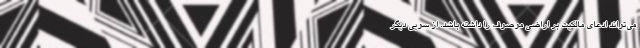
می‌تواند ادعای مالکیت بر اراضی موصوف را داشته باشد. از سویی دیگر